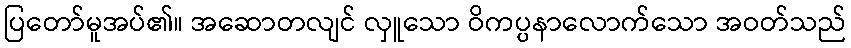
ပြတော်မူအပ်၏။ အဆောတလျင် လှူသော ဝိကပ္ပနာလောက်သော အဝတ်သည်